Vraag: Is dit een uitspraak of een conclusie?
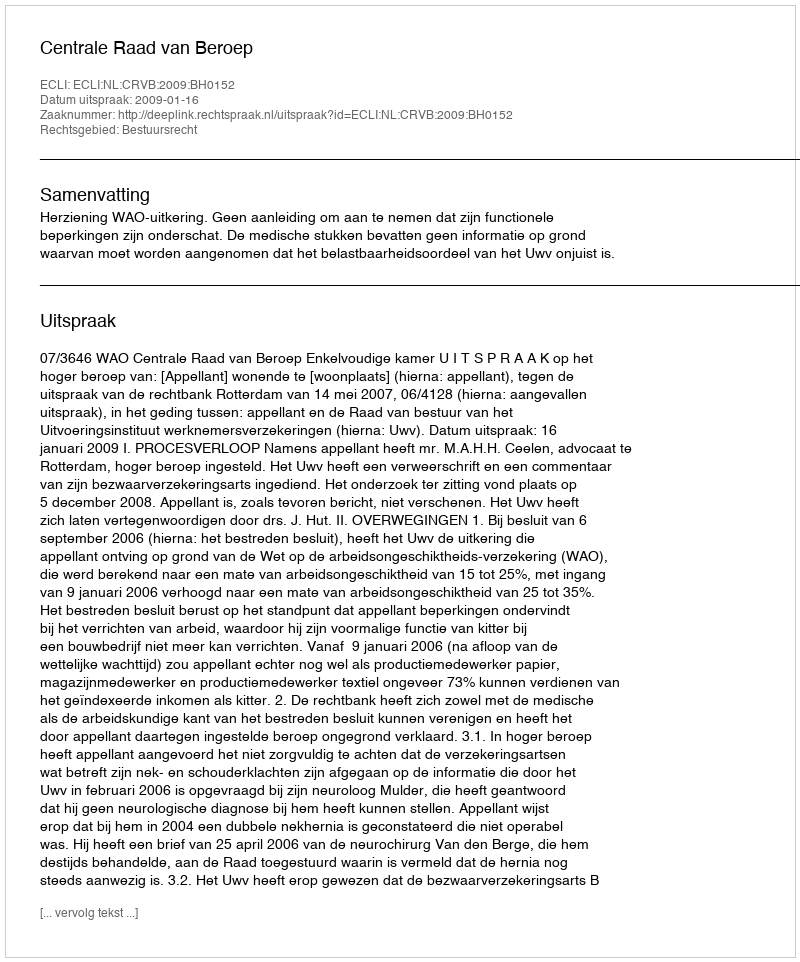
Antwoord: Uitspraak